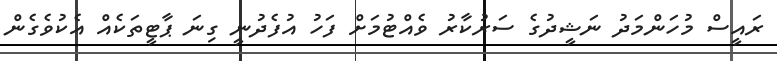
ރައީސް މުހަންމަދު ނަޝީދުގެ ސަރުކާރު ވެއްޓުމަށް ފަހު އުފެދުނީ ގިނަ ޕާޓީތަކެއް އެކުވެގެން